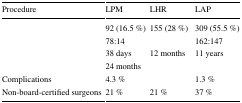
<table><thead><tr><td><b>Procedure</b></td><td><b>LPM</b></td><td><b>LHR</b></td><td><b>LAP</b></td></tr></thead><tbody><tr><td>[EMPTY_CELL]</td><td>92 (16.5 %)</td><td>155 (28 %)</td><td>309 (55.5 %)</td></tr><tr><td>[EMPTY_CELL]</td><td>78:14</td><td>[EMPTY_CELL]</td><td>162:147</td></tr><tr><td>[EMPTY_CELL]</td><td>38 days</td><td>12 months</td><td>11 years</td></tr><tr><td>[EMPTY_CELL]</td><td colspan="3">24 months</td></tr><tr><td>Complications</td><td>4.3 %</td><td>[EMPTY_CELL]</td><td>1.3 %</td></tr><tr><td>Non-board-certified surgeons</td><td>21 %</td><td>21 %</td><td>37 %</td></tr></tbody></table>